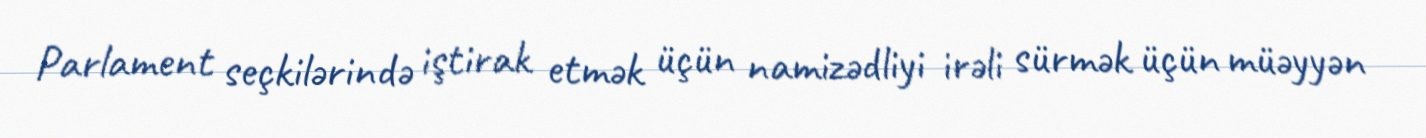
Parlament seçkilərində iştirak etmək üçün namizədliyi irəli sürmək üçün müəyyən